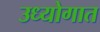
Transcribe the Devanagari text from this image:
उध्योगात